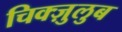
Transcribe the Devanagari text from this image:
चिक्ज़ुलुब